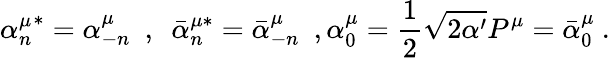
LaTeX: {\alpha_{n}^{\mu}}^{*}=\alpha_{-n}^{\mu}\ \ ,\ \ {\bar{\alpha}_{n}^{\mu*}}=\bar{\alpha}_{-n}^{\mu}\ \ ,\alpha_{0}^{\mu}=\frac{1}{2}\sqrt{2\alpha^{\prime}}P^{\mu}=\bar{\alpha}_{0}^{\mu}\ .